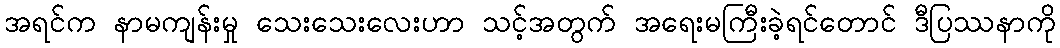
အရင်က နာမကျန်းမှု သေးသေးလေးဟာ သင့်အတွက် အရေးမကြီးခဲ့ရင်တောင် ဒီပြဿနာကို